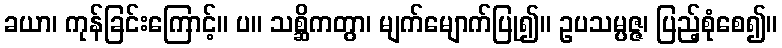
ခယာ၊ ကုန်ခြင်းကြောင့်။ ပ။ သစ္ဆိကတွာ၊ မျက်မျောက်ပြု၍။ ဥပသမ္ပဇ္ဇ၊ ပြည့်စုံစေ၍။